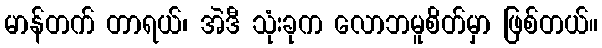
မာန်တက် တာရယ်၊ အဲဒီ သုံးခုက လောဘမူစိတ်မှာ ဖြစ်တယ်။